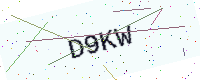
Text: D9KW